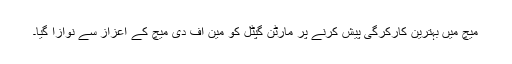
میچ میں بہترین کارکرگی پیش کرنے پر مارٹن گپٹل کو مین آف دی میچ کے اعزاز سے نوازا گیا۔